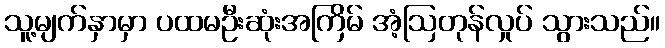
သူ့မျက်နှာမှာ ပထမဦးဆုံးအကြိမ် အံ့ဩတုန်လှုပ် သွားသည်။